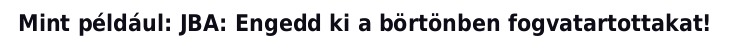
Mint például: JBA: Engedd ki a börtönben fogvatartottakat!